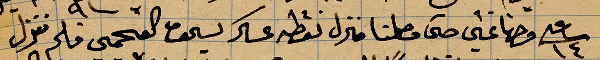
فضاعني حتى وصلنا منزل نقطة عسكر يسحق العجمي فلم ننزل